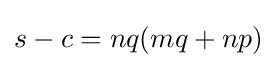
s-c=nq(mq+np)